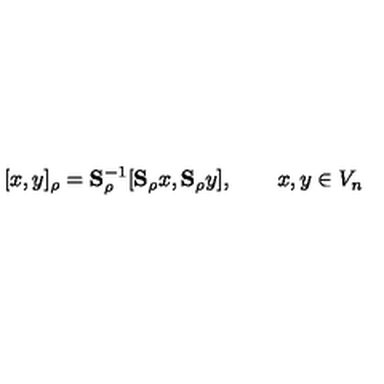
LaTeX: [ x , y ] _ { \rho } = \mathbf { S } _ { \rho } ^ { - 1 } [ \mathbf { S } _ { \rho } x , \mathbf { S } _ { \rho } y ] , \qquad x , y \in V _ { n }